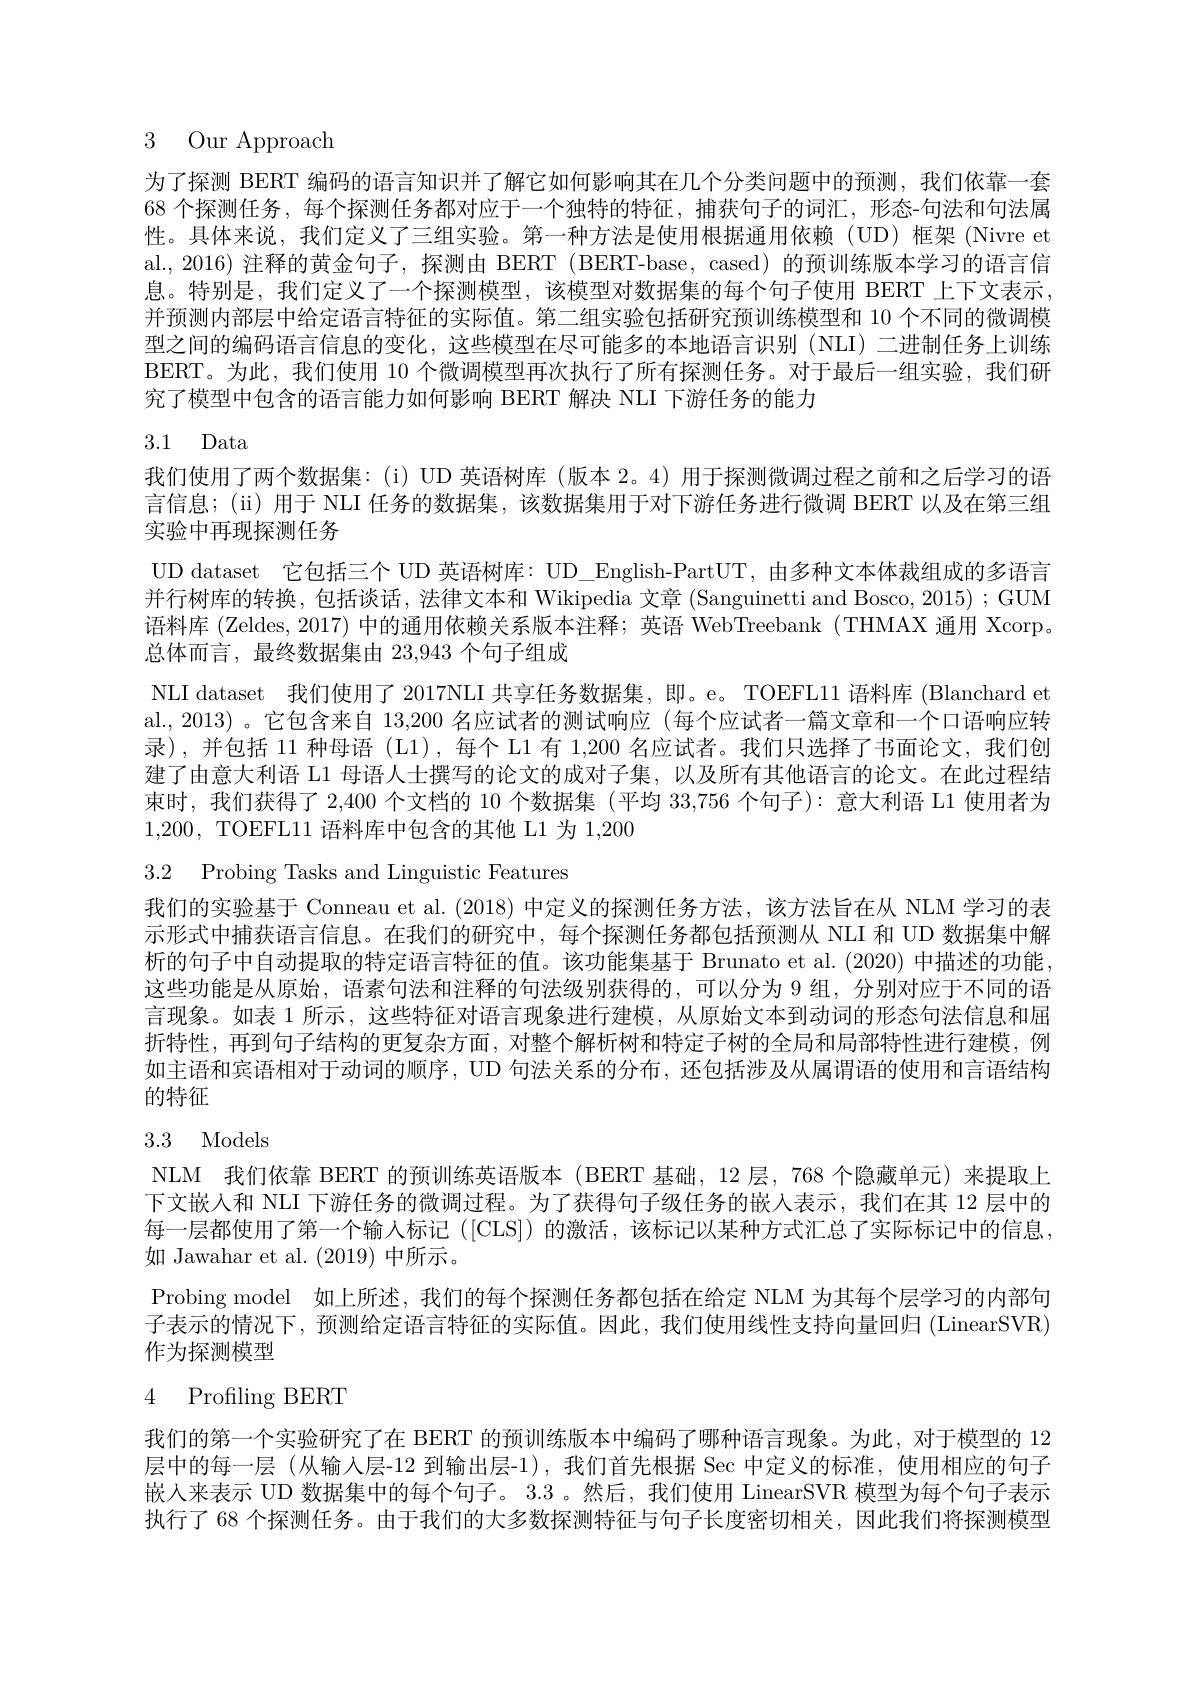
3 Our Approach

为了探测 BERT 编码的语言知识并了解它如何影响其在几个分类问题中的预测，我们依靠一套68 个探测任务，每个探测任务都对应于一个独特的特征，捕获句子的词汇，形态-句法和句法属性。具体来说，我们定义了三组实验。第一种方法是使用根据通用依赖(UD)框架(Nivre et al., 2016) 注释的黄金句子，探测由 BERT (BERT-base, cased) 的预训练版本学习的语言信息。特别是，我们定义了一个探测模型，该模型对数据集的每个句子使用 BERT 上下文表示， 并预测内部层中给定语言特征的实际值。第二组实验包括研究预训练模型和 10 个不同的微调模型之间的编码语言信息的变化，这些模型在尽可能多的本地语言识别 (NLI) 二进制任务上训练BERT。为此，我们使用 10 个微调模型再次执行了所有探测任务。对于最后一组实验，我们研究了模型中包含的语言能力如何影响 BERT 解决 NLI 下游任务的能力

# 3.1 Data

我们使用了两个数据集：(i) UD 英语树库 (版本 2。4) 用于探测微调过程之前和之后学习的语言信息；(ii)用于 NLI 任务的数据集，该数据集用于对下游任务进行微调 BERT 以及在第三组实验中再现探测任务
UD dataset 它包括三个 UD 英语树库：UD\_English-PartUT, 由多种文本体裁组成的多语言并行树库的转换，包括谈话，法律文本和 Wikipedia 文章 (Sanguinetti and Bosco, 2015) ; GUM 语料库(Zeldes, 2017) 中的通用依赖关系版本注释；英语 WebTreebank (THMAX 通用 Xcorp。总体而言，最终数据集由 23,943 个句子组成
NLI dataset 我们使用了 2017NLI 共享任务数据集，即。e。TOEFL11 语料库 (Blanchard et al., 2013) 。它包含来自 13,200 名应试者的测试响应 (每个应试者一篇文章和一个口语响应转录),并包括 11 种母语 (L1),每个 L1 有 1,200 名应试者。我们只选择了书面论文，我们创建了由意大利语 L1 母语人士撰写的论文的成对子集，以及所有其他语言的论文。在此过程结束时，我们获得了 2,400 个文档的 10 个数据集 (平均 33,756 个句子):意大利语 L1 使用者为1,200, TOEFL11 语料库中包含的其他 L1 为 1,200
3.2 Probing Tasks and Linguistic Features
我们的实验基于 Conneau et al. (2018) 中定义的探测任务方法，该方法旨在从 NLM 学习的表

示形式中捕获语言信息。在我们的研究中，每个探测任务都包括预测从 NLI 和 UD 数据集中解析的句子中自动提取的特定语言特征的值。该功能集基于 Brunato et al. (2020) 中描述的功能， 这些功能是从原始，语素句法和注释的句法级别获得的，可以分为 9 组，分别对应于不同的语言现象。如表 1 所示，这些特征对语言现象进行建模，从原始文本到动词的形态句法信息和屈折特性，再到句子结构的更复杂方面，对整个解析树和特定子树的全局和局部特性进行建模，例如主语和宾语相对于动词的顺序，UD 句法关系的分布，还包括涉及从属谓语的使用和言语结构的特征

# 3.3 Models

NLM 我们依靠 BERT 的预训练英语版本 (BERT 基础，12 层，768 个隐藏单元) 来提取上下文嵌人和 NLI 下游任务的微调过程。为了获得句子级任务的嵌入表示，我们在其 12 层中的每一层都使用了第一个输人标记 ([CLS]) 的激活，该标记以某种方式汇总了实际标记中的信息， 如 Jawahar et al. (2019)中所示。
Probing model 如上所述，我们的每个探测任务都包括在给定 NLM 为其每个层学习的内部句子表示的情况下，预测给定语言特征的实际值。因此，我们使用线性支持向量回归 (LinearSVR) 作为探测模型

# 4 Profiling BERT

我们的第一个实验研究了在 BERT 的预训练版本中编码了哪种语言现象。为此，对于模型的 12层中的每一层(从输入层-12 到输出层-1),我们首先根据 Sec 中定义的标准，使用相应的句子嵌人来表示 UD 数据集中的每个句子。3.3 。然后，我们使用 LinearSVR 模型为每个句子表示执行了 68 个探测任务。由于我们的大多数探测特征与句子长度密切相关，因此我们将探测模型